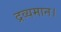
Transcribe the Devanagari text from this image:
द्रव्यमान।